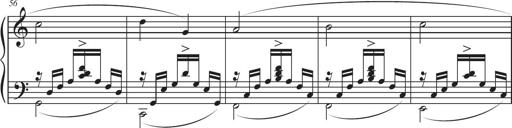
Title: Sonatina in D major
Composer: Shota Saitoh
Key: D major